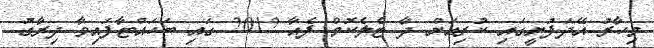
މިހާރު އޭދަފުށީގައި ކުރިއަށް ދާ ޓެލެކޮމް ފެއާ 2012 ގައި ބަހައްޓާފައިވާ ދިރާގު